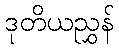
ဒုတိယညွှန်